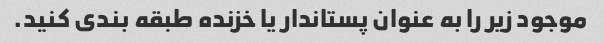
موجود زیر را به عنوان پستاندار یا خزنده طبقه بندی کنید.